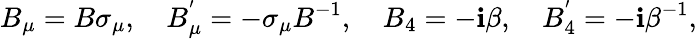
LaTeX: B_{\mu}=B\sigma_{\mu},~~~~B_{\mu}^{'}=-\sigma_{\mu}B^{-1},~~~~B_{4}=-\mathbf{i}\beta,~~~~B_{4}^{'}=-\mathbf{i}\beta^{-1},